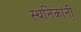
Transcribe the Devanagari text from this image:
स्थनिकांनी